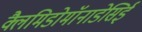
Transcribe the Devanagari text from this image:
क्लैमिडोमॉनाडेसिई